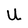
Character: U